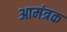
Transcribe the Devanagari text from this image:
आमंत्रक